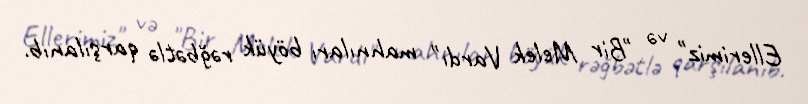
Ellerimiz" və "Bir Melek Vardı" mahnıları böyük rəğbətlə qarşılanıb.